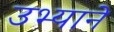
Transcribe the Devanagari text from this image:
उभ्याने